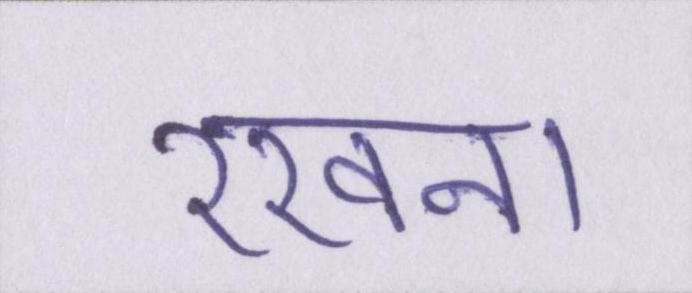
रखना